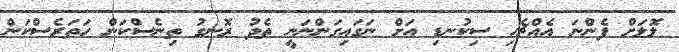
ލޮލަށް ފެންނަ އެއްޗެހި ސިކުނޑި އަށް ނަގައިގަންނަނީ ތެދު ރޮނގު ތިނެސްކަން ހަތަރެސްކަން